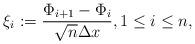
LaTeX: \begin{align*}\xi_i:=\frac{\Phi_{i+1}-\Phi_{i}}{\sqrt{n}\Delta x}, 1\leq i\leq n,\end{align*}